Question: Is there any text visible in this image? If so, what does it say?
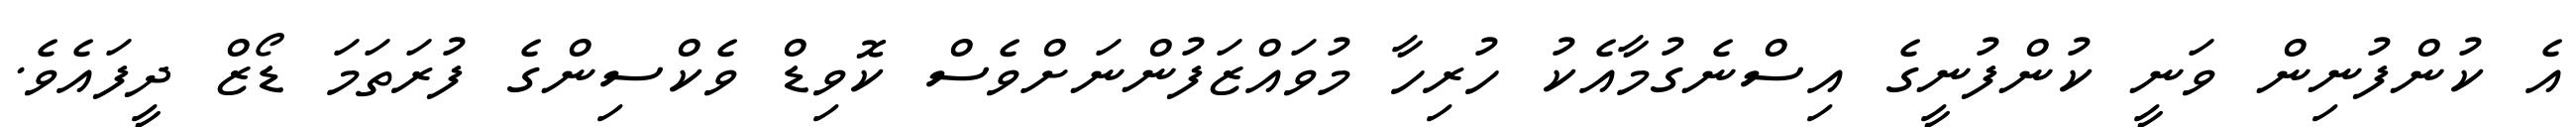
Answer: އެ ކުންފުނިން ވަނީ ކުންފުނީގެ އިސްނެގުމާއެކު ހުރިހާ މުވައްޒަފުންނަށްވެސް ކޮވިޑް ވެކްސިންގެ ފުރަތަމަ ޑޯޒް ދީފައެވެ.